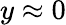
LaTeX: y\approx 0